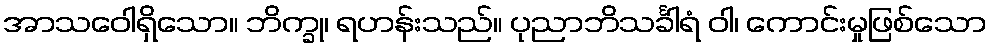
အာသဝေါရှိသော။ ဘိက္ခု၊ ရဟန်းသည်။ ပုညာဘိသင်္ခါရံ ဝါ၊ ကောင်းမှုဖြစ်သော